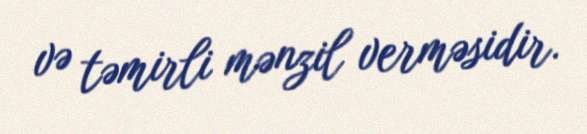
və təmirli mənzil verməsidir.